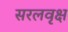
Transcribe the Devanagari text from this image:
सरलवृक्ष